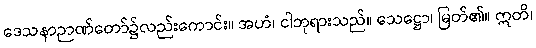
ဒေသနာဉာဏ်တော်၌လည်းကောင်း။ အဟံ၊ ငါဘုရားသည်။ သေဋ္ဌော၊ မြတ်၏။ ဣတိ၊